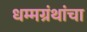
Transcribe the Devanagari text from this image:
धम्मग्रंथांचा